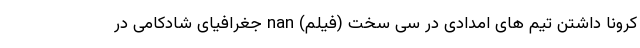
کرونا داشتن تیم های امدادی در سی سخت (فیلم) nan جغرافیای شادکامی در